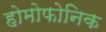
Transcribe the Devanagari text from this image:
होमोफोनिक